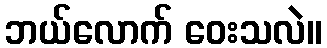
ဘယ်လောက် ဝေးသလဲ။